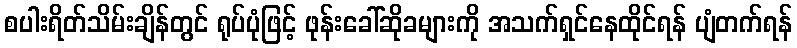
စပါးရိတ်သိမ်းချိန်တွင် ရုပ်ပုံဖြင့် ဖုန်းခေါ်ဆိုခများကို အသက်ရှင်နေထိုင်ရန် ပျံတက်ရန်